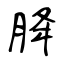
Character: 胮